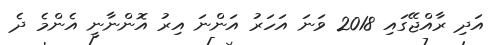
އަދި ރާއްޖޭގައި 2018 ވަނަ އަހަރު އަންނަ އިރު އޮންނާނީ އެންމެ ދެ